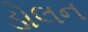
ડોલન